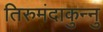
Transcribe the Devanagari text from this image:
तिरुमंदाकुन्नु